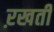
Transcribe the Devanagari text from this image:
ऱखती